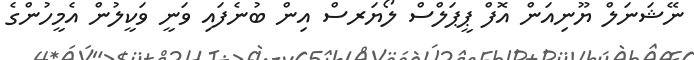
ނޭޝަނަލް ޔޫނިއަން އޮފް ޕީޕަލްސް ލޯޔަރސް އިން ބުނެފައި ވަނީ ވަކީލުން އެމީހުންގެ